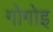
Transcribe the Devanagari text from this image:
गोगोइ